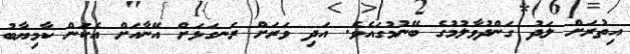
އިތުރަށް ލަދު ގަންދުވާލުމުގެ ބޭނުމުގައެވެ. އަދި ވަރަށް ރަނގަޅަށް އޭނާއަށް އެކަން ކާމިޔާބު